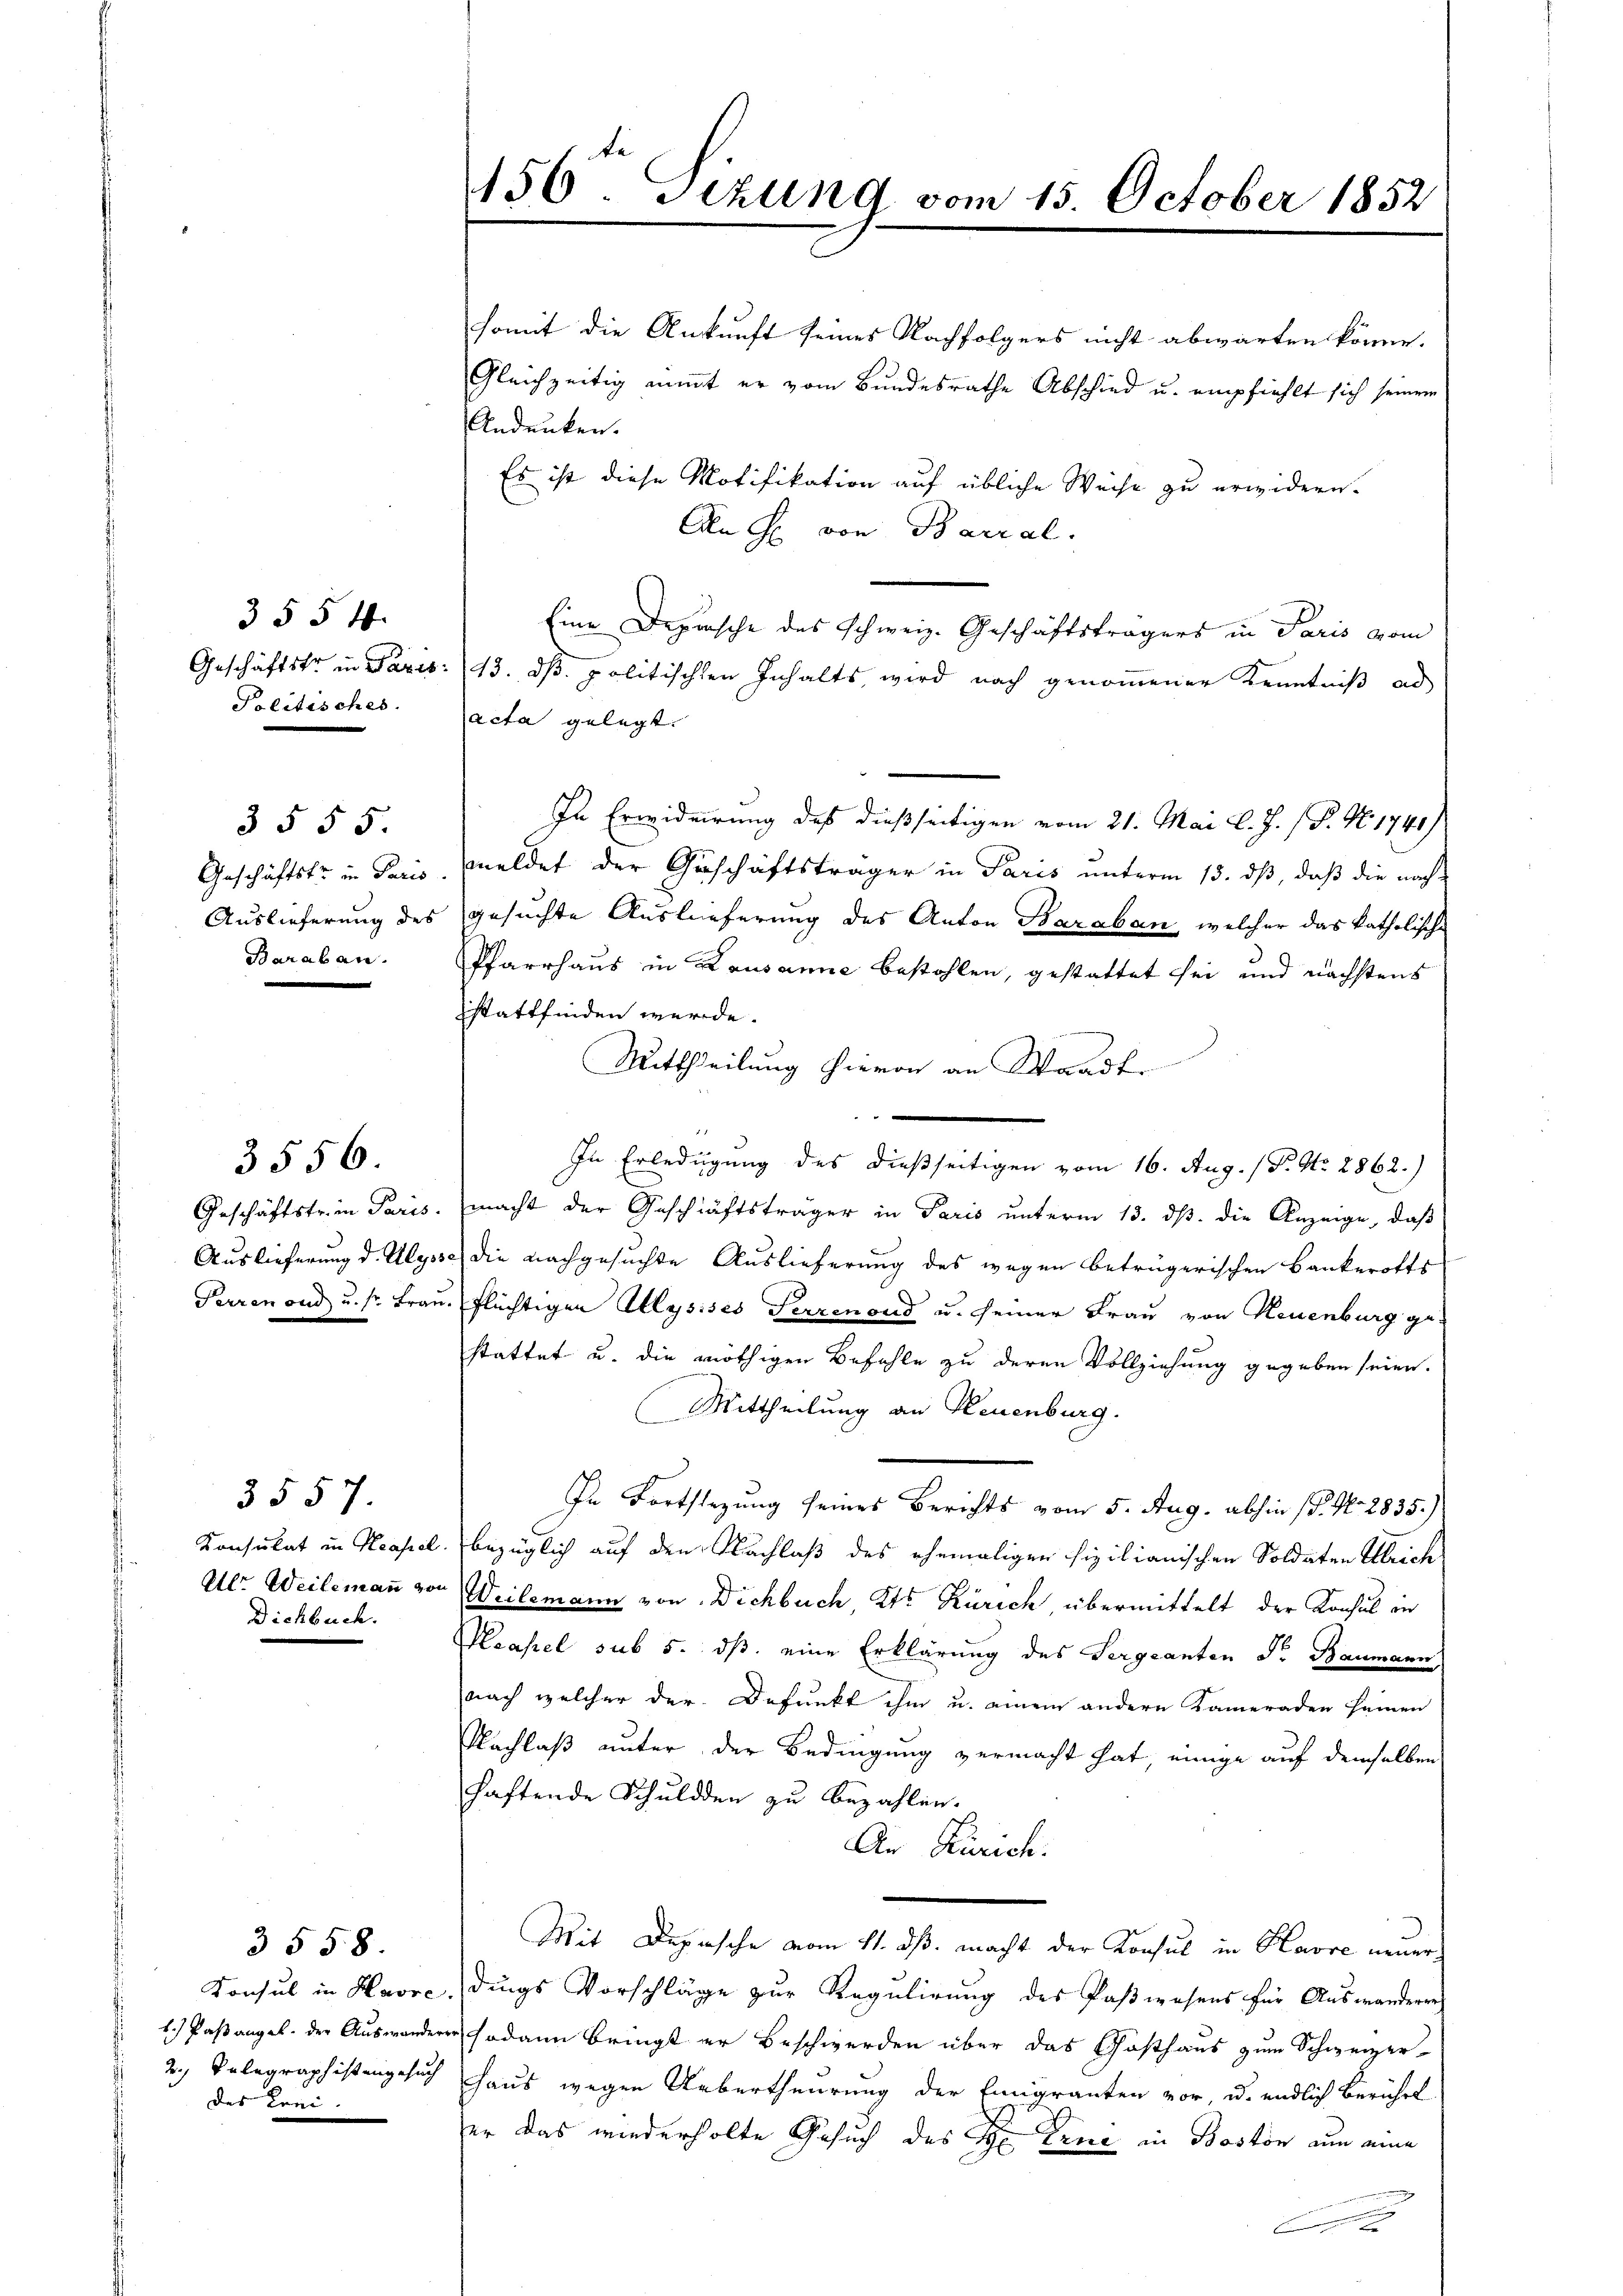
3554.
Politisches.

3555.
Baraben.

3556.

3557.

Dichbuch.

3558
des Krei

somit die Ankunft seines Nachfolgers nicht abwarten könne.
Gleichzeitig nimmt er vom Bundesrathe Abschied u. empfiehlt sich seinem
Andenken.
Es ist diese Motifikation auf übliche Weise zu erwidern.
Aln H. von Barral.
Eine Depesche des Schweiz. Geschäftsträgers in Paris vom
Geschäftstr in Paris. (13. dß politischen Inhalts wird nach genommener Kenntniß ad
acta gelegt.
In Erwiderrung des dießseitigen vom 21. Mai l. J. / P. Nr. 1741)
Geschäftsfr. in Paris, meldet der Geschäftsträger in Paris unterm 13. dβ, daß die nach-
Auslieferung des gesuchte Auslieferung des Anton Baraban, welcher das katholische
Pfarrhaus in Lausanne bestohlen, gestattet sei und nächstens
sstattfinden werde.
Mittheilung hievon an Waadt.
In Erledigung des dießseitigen vom 16. Aug. / P. Nr. 2862.)
Geschäftstrie Paris. macht der Geschäftsträger in Paris ŭnterm 13. dβ. die Anzeige, daβ
Auslieferung d. Ulysse die nachgesuchte Auslieferung des wegen betrügerischen Bankerotts
Perrenoud u. s. Frau, flüchtigen Alysises Ferrenoud u. seiner Frau von Neuenburg ge
stattet u. die nöthigen Befehle zu deren Vollziehung gegeben seien.
Mittheilung an Neuenburg.
In Fortsezung seines Berichts vom 5. Aug. abhin (S. No. 2835.)
Konsulat in Neapel, bezüglich auf den Nachlaß des ehemaligen fixilianischen Soldaten Ulrich
Ulr. Weilemann von Weilemann von Dichbuch, Kts Zürich, übermittelt der Konsul in
Meapel sub 5. ds. eine Erklärung des Sergcanten Fr. Baumann,
nach welcher der Befunkt ihm u. einem andern Kameraden seinen
Nachlaß unter der Bedingung vermacht hat, einige auf demselben
haftende Schuldden zu bezahlen.
An Zürich.
Mit Depesche vom 11. ds. macht der Konsul in Havre neuer¬
Konsul in Havre dings Vorschläge zur Regulirung des Paßwesens für Auswanderen
1.) Paßangel der Auswanderen sodann bringt er Beschwerden über das Gasthaus zum Schweizer-
2., Telegraphistengesuch Haus wegen Uebertheurung der Emigranten vor, u. endlich berührt
ser das wiederholte Gesuch des Hr. Ferie in Boston nun eine

150. Sezung vom 15. October 1852